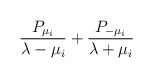
\begin{align*}{ {P_{\mu_i} \over \lambda -\mu_i }+ {P_{-\mu_i} \over \lambda +\mu_i } }\end{align*}